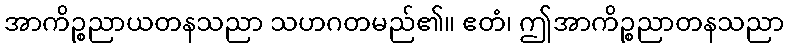
အာကိဉ္စညာယတနသညာ သဟဂတမည်၏။ ဧတံ၊ ဤအာကိဉ္စညာတနသညာ